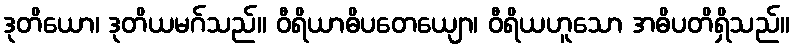
ဒုတိယော၊ ဒုတိယမဂ်သည်။ ဝီရိယာဓိပတေယျော၊ ဝီရိယဟူသော အဓိပတိရှိသည်။